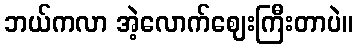
ဘယ်ကလာ အဲ့လောက်ဈေးကြီးတာပဲ။